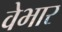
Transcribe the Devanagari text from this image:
वेभार